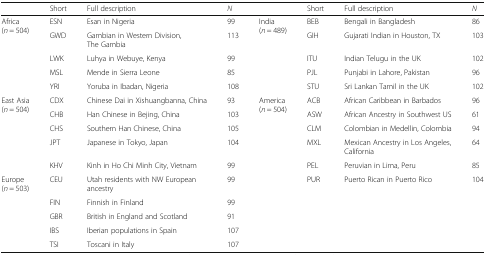
<table><thead><tr><td></td><td><b>Short</b></td><td><b>Full description</b></td><td><b><i>N</i></b></td><td></td><td><b>Short</b></td><td><b>Full description</b></td><td><b><i>N</i></b></td></tr></thead><tbody><tr><td rowspan="5">Africa (<i>n</i> = 504)</td><td>ESN</td><td>Esan in Nigeria</td><td>99</td><td rowspan="5">India (<i>n</i> = 489)</td><td>BEB</td><td>Bengali in Bangladesh</td><td>86</td></tr><tr><td>GWD</td><td>Gambian in Western Division, The Gambia</td><td>113</td><td>GIH</td><td>Gujarati Indian in Houston, TX</td><td>103</td></tr><tr><td>LWK</td><td>Luhya in Webuye, Kenya</td><td>99</td><td>ITU</td><td>Indian Telugu in the UK</td><td>102</td></tr><tr><td>MSL</td><td>Mende in Sierra Leone</td><td>85</td><td>PJL</td><td>Punjabi in Lahore, Pakistan</td><td>96</td></tr><tr><td>YRI</td><td>Yoruba in Ibadan, Nigeria</td><td>108</td><td>STU</td><td>Sri Lankan Tamil in the UK</td><td>102</td></tr><tr><td rowspan="5">East Asia (<i>n</i> = 504)</td><td>CDX</td><td>Chinese Dai in Xishuangbanna, China</td><td>93</td><td rowspan="6">America (<i>n</i> = 504)</td><td>ACB</td><td>African Caribbean in Barbados</td><td>96</td></tr><tr><td>CHB</td><td>Han Chinese in Bejing, China</td><td>103</td><td>ASW</td><td>African Ancestry in Southwest US</td><td>61</td></tr><tr><td>CHS</td><td>Southern Han Chinese, China</td><td>105</td><td>CLM</td><td>Colombian in Medellin, Colombia</td><td>94</td></tr><tr><td>JPT</td><td>Japanese in Tokyo, Japan</td><td>104</td><td>MXL</td><td>Mexican Ancestry in Los Angeles, California</td><td>64</td></tr><tr><td>KHV</td><td>Kinh in Ho Chi Minh City, Vietnam</td><td>99</td><td>PEL</td><td>Peruvian in Lima, Peru</td><td>85</td></tr><tr><td rowspan="5">Europe (<i>n</i> = 503)</td><td>CEU</td><td>Utah residents with NW European ancestry</td><td>99</td><td>PUR</td><td>Puerto Rican in Puerto Rico</td><td>104</td></tr><tr><td>FIN</td><td>Finnish in Finland</td><td>99</td><td></td><td></td><td></td><td></td></tr><tr><td>GBR</td><td>British in England and Scotland</td><td>91</td><td></td><td></td><td></td><td></td></tr><tr><td>IBS</td><td>Iberian populations in Spain</td><td>107</td><td></td><td></td><td></td><td></td></tr><tr><td>TSI</td><td>Toscani in Italy</td><td>107</td><td></td><td></td><td></td><td></td></tr></tbody></table>